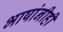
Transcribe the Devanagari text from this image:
भाषांनीही